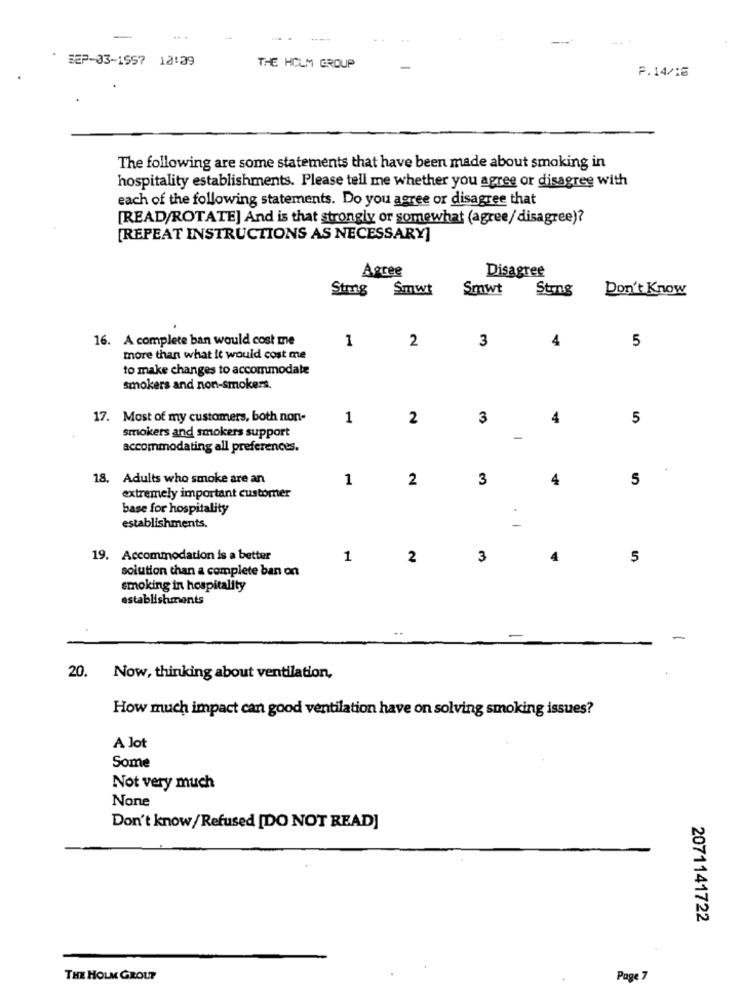
-
SEP-03-1957 18:39
THE HOLM GROUP
P.14/16
The following are some statements that have been made about smoking in
hospitality establishments. Please tell me whether you agree or disagree with
each of the following statements. Do you agree or disagree that
[READ/ROTATE] And is that strongly or somewhat (agree/ disagree)?
[REPEAT INSTRUCTIONS AS NECESSARY]
Agree
Disagree
Strong
Smwt
Smwt
Sting
Don't Know
16. A complete ban would cost me
1
2
4
5
3
more than what it would cost me
to make changes to accommodate
smokers and non-smokers.
17. Most of my customers, both non-
1
2
3
4
5
smokers and smokers support
-
accommodating all preferences.
18. Adults who smoke are an
1
2
3
4
5
extremely important customer
base for hospitality
establishments.
19. Accommodation is a better
1
2
3
4
5
solution than a complete ban on
smoking in hospitality
establishments
-
20. Now, thinking about ventilation,
How much impact can good ventilation have on solving smoking issues?
A lot
Some
Not very much
Don't know/ Refused [DO NOT READ]
2071141722
THE HOLM GROUP
Page 7